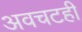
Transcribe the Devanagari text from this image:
अवचटही